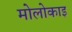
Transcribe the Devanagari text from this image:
मोलोकाइ